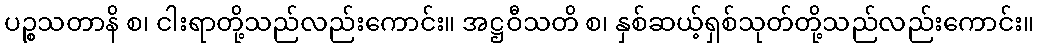
ပဉ္စသတာနိ စ၊ ငါးရာတို့သည်လည်းကောင်း။ အဋ္ဌဝီသတိ စ၊ နှစ်ဆယ့်ရှစ်သုတ်တို့သည်လည်းကောင်း။